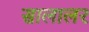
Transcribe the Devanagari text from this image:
सालालर